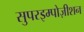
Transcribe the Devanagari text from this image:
सुपरइम्पोज़ीशन